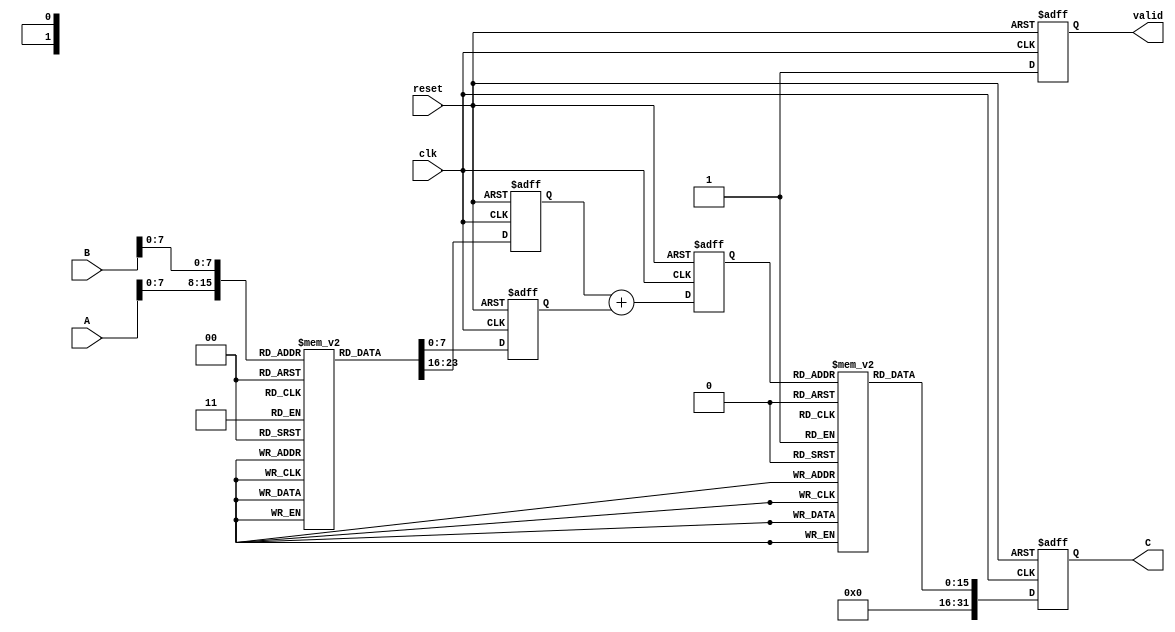
module LogarithmicMultiplier (
    input wire clk,
    input wire reset,
    input wire [15:0] A, // Input operand A
    input wire [15:0] B, // Input operand B
    output reg [31:0] C, // Output product C = A * B
    output reg valid // Output valid signal
);

    // Parameters for LUT size
    parameter LUT_SIZE = 256; // Example size for LUT
    reg [15:0] log_lut [0:LUT_SIZE-1]; // Logarithmic LUT
    reg [15:0] exp_lut [0:LUT_SIZE-1]; // Exponential LUT

    // Internal signals
    reg [15:0] log_A;
    reg [15:0] log_B;
    reg [15:0] log_sum;
    
    // Initialize LUTs (this should be filled with actual log and exp values)
    initial begin
        // Populate log_lut and exp_lut with appropriate values
        // Example: log_lut[0] = 0, log_lut[1] = 0, log_lut[2] = 1, ...
        // Example: exp_lut[0] = 1, exp_lut[1] = 2, exp_lut[2] = 4, ...
    end

    // Logarithmic conversion
    always @(posedge clk or posedge reset) begin
        if (reset) begin
            log_A <= 0;
            log_B <= 0;
            log_sum <= 0;
            C <= 0;
            valid <= 0;
        end else begin
            // Convert A and B to logarithmic values using LUT
            log_A <= log_lut[A[7:0]]; // Assuming A is in range [0, 255]
            log_B <= log_lut[B[7:0]]; // Assuming B is in range [0, 255]
            
            // Add logarithmic values
            log_sum <= log_A + log_B;
            
            // Convert back to linear scale using exponential LUT
            C <= exp_lut[log_sum[7:0]]; // Assuming log_sum is in range [0, 255]
            valid <= 1; // Indicate valid output
        end
    end

endmodule